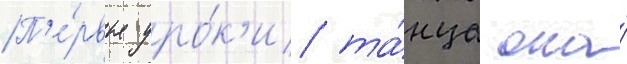
П'е́рвые уро́к'и та́нца она́